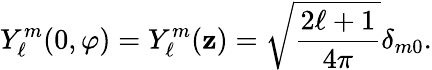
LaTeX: Y_{\ell}^{m}(0,\varphi)=Y_{\ell}^{m}({\mathbf{z}})={\sqrt{\frac{2\ell+1}{4\pi}}}\delta_{m0}.